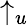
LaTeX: \uparrow_{u}